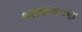
ભાષાકરણ